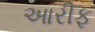
આરીફ